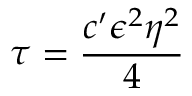
\tau = \frac { c ^ { \prime } \epsilon ^ { 2 } \eta ^ { 2 } } { 4 }